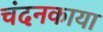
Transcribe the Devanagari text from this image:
चंदनकाया